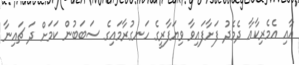
އާއި އެމެރިކާއާ ދެމެދު ފަށާފައިވާ ވިޔަފާރީގެ ހަނގުރާމައިގެ ސަބަބުން ކަމަށް ދަ ޗައިނާ